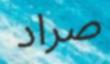
صراد